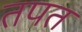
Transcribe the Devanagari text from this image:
तपत